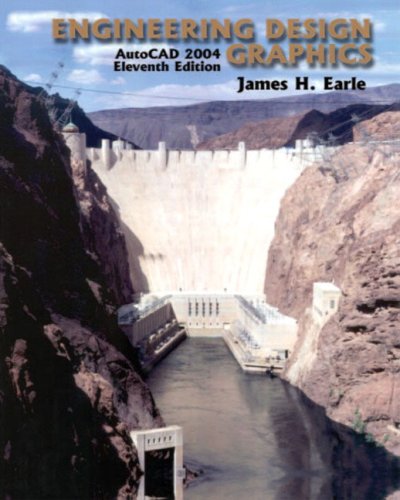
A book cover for Engineering Design Graphics (11th Edition); James H. Earle; Engineering & Transportation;